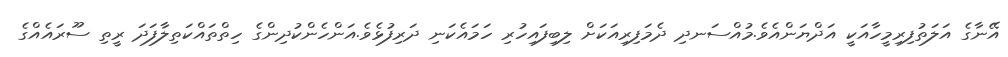
އޭނާގެ އަލަތުފިރިމީހާއަކީ އަދްޔަންއެވެ.މުއްސަނދި ދެމަފިރިއަކަށް ލިބިފައިހުރި ހަމައެކަނި ދަރިފުޅެވެ.އަންހެންކުދިންގެ ހިތްތައްކަތިލާފަދަ ރީތި ސޫރައެއްގެ